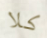
كلا